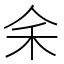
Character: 𪜱